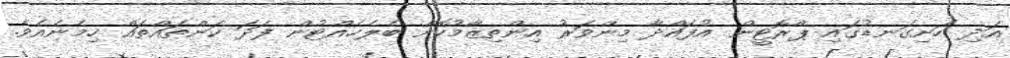
އަދި ހަށިގަނޑުގައި ޕްރޮޓީން އުފައްދާ މިންވަރު އިންތިޒާމުކޮށް ބެލެހެއްޓުން ފަދަ ކަންތައްތައް ހިމެނެއެވެ.